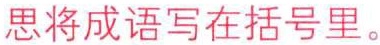
思将成语写在括号里。